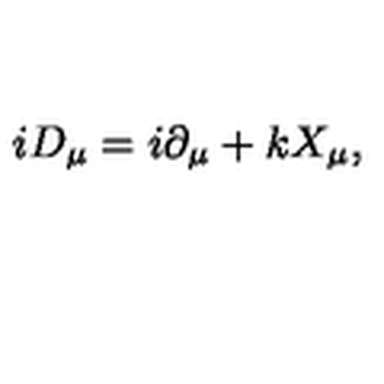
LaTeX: i D _ { \mu } = i \partial _ { \mu } + k X _ { \mu } ,